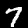
Label: 7